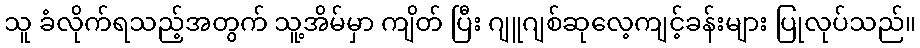
သူ ခံလိုက်ရသည့်အတွက် သူ့အိမ်မှာ ကျိတ် ပြီး ဂျူဂျစ်ဆုလေ့ကျင့်ခန်းများ ပြုလုပ်သည်။